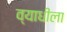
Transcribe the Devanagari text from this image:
व्याधीला